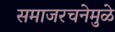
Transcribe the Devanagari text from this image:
समाजरचनेमुळे